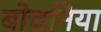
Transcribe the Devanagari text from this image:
बोचनिया